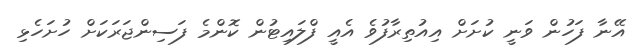
އޭނާ ފަހުން ވަނީ ކުށަށް އިއުތިރާފުވެ އެއީ ފްލައިޓުން ކޮންމެ ފަސިންޖަރަކަށް ހުށަހެޅި